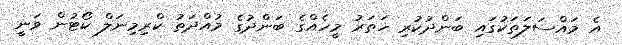
އެ މައްސަލަތަކުގައި ބަންދުކުރި ހަތަރު މީހެއްގެ ބަންދުގެ މުއްދަތު ކްރިމިނަލް ކޯޓުން ވަނީ